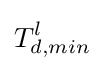
T_{d,min}^{l}